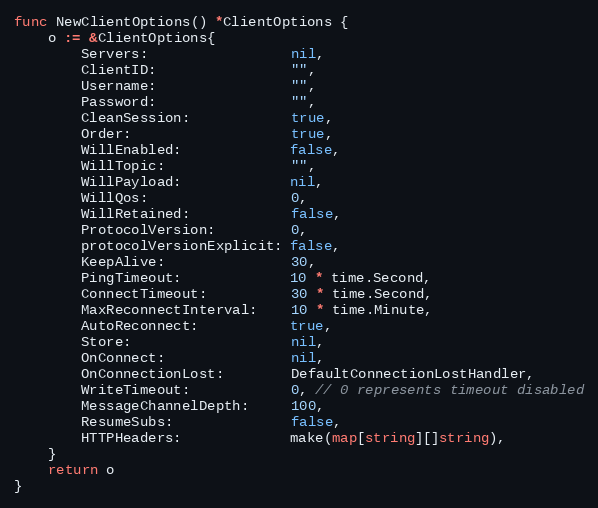
Language: Go
func NewClientOptions() *ClientOptions {
	o := &ClientOptions{
		Servers:                 nil,
		ClientID:                "",
		Username:                "",
		Password:                "",
		CleanSession:            true,
		Order:                   true,
		WillEnabled:             false,
		WillTopic:               "",
		WillPayload:             nil,
		WillQos:                 0,
		WillRetained:            false,
		ProtocolVersion:         0,
		protocolVersionExplicit: false,
		KeepAlive:               30,
		PingTimeout:             10 * time.Second,
		ConnectTimeout:          30 * time.Second,
		MaxReconnectInterval:    10 * time.Minute,
		AutoReconnect:           true,
		Store:                   nil,
		OnConnect:               nil,
		OnConnectionLost:        DefaultConnectionLostHandler,
		WriteTimeout:            0, // 0 represents timeout disabled
		MessageChannelDepth:     100,
		ResumeSubs:              false,
		HTTPHeaders:             make(map[string][]string),
	}
	return o
}